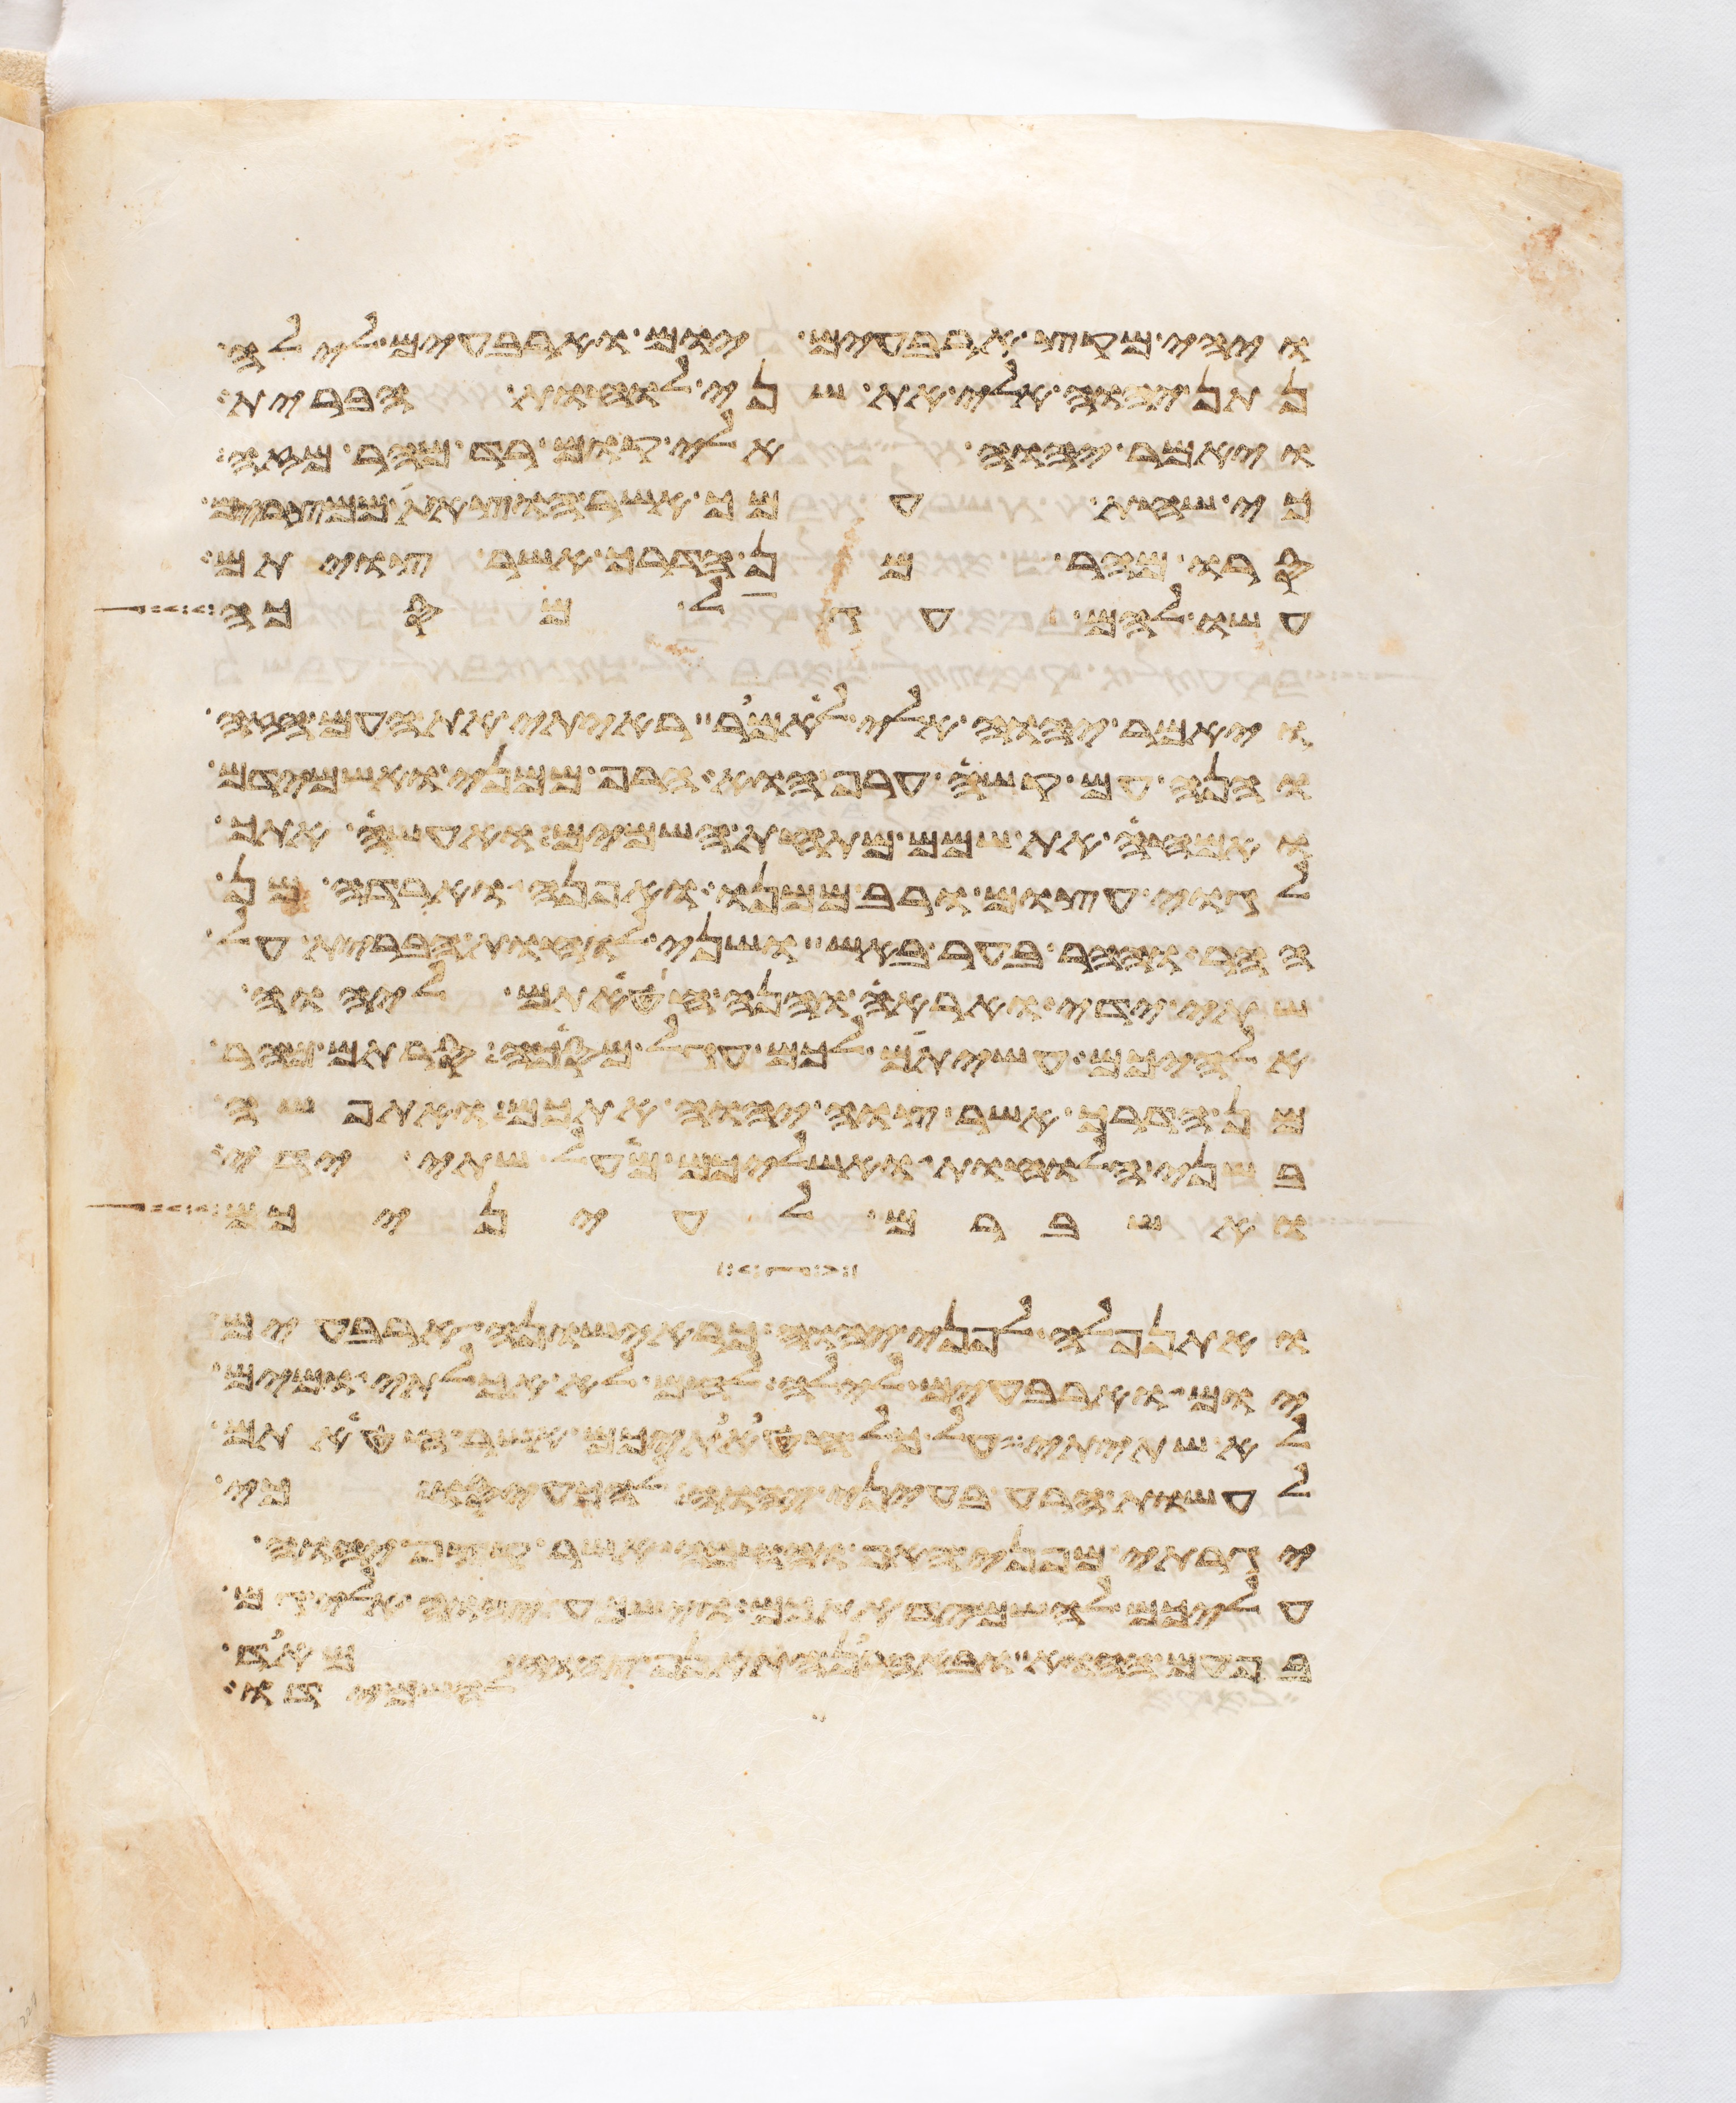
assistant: ויהי מקץ ארבעים יום וארבעים לילה
נתן יהוה אלי את שני לוחת הברית
ויאמר יהוה אלי קום רד מהר מזה
כי שחת עמך אשר הוצאת ממצרים
סרו מהר מן הדרך אשר צויתם
עשו להם עגל מסכה
ויאמר יהוה אלי לאמר ראיתי את העם הזה
והנה עם קשה ערף הוא הרף ממני ואשמידם
ואמחה את שמם מתחת השמים ואעשה אתך
לגוי עצום ורב ממנו ואפנה וארדה מן
ההר וההר בער באש ושני לוחת הברית על
שתי ידי ואראה והנה חטאתם ליהוה
אלהיכם עשיתם לכם עגל מסכה סרתם מהר
מן הדרך אשר צוה יהוה אתכם ואתפשה
בשני הלוחות ואשליכם מעל שתי ידי
ואשברם לעיניכם
ואתנפלה לפני יהוה כראישונה ארבעים
יום וארבעים לילה לחם לא אכלתי ומים
לא שתיתי על כל חטאתיכם אשר חטאתם
לעשות הרע בעיני יהוה להכעיסו כי
יגרתי מפני האף והחמה אשר קצף יהוה
עליכם להשמיד אתכם וישמע יהוה אלי גם
בפעם ההוא ובאהרן התאנף יהוה מאד
להשמידו